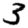
Digit: 3